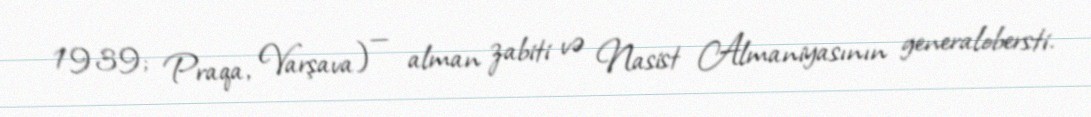
1939; Praqa, Varşava) — alman zabiti və Nasist Almaniyasının generalobersti.